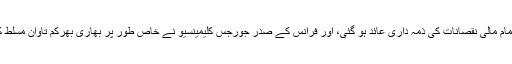
اس طرح جرمنی پر تمام مالی نقصانات کی ذمہ داری عائد ہو گئی، اور فرانس کے صدر جورجس کلیمینسیو نے خاص طور پر بھاری بھرکم تاوان مسلط کرنے پر زور دیا تھا۔